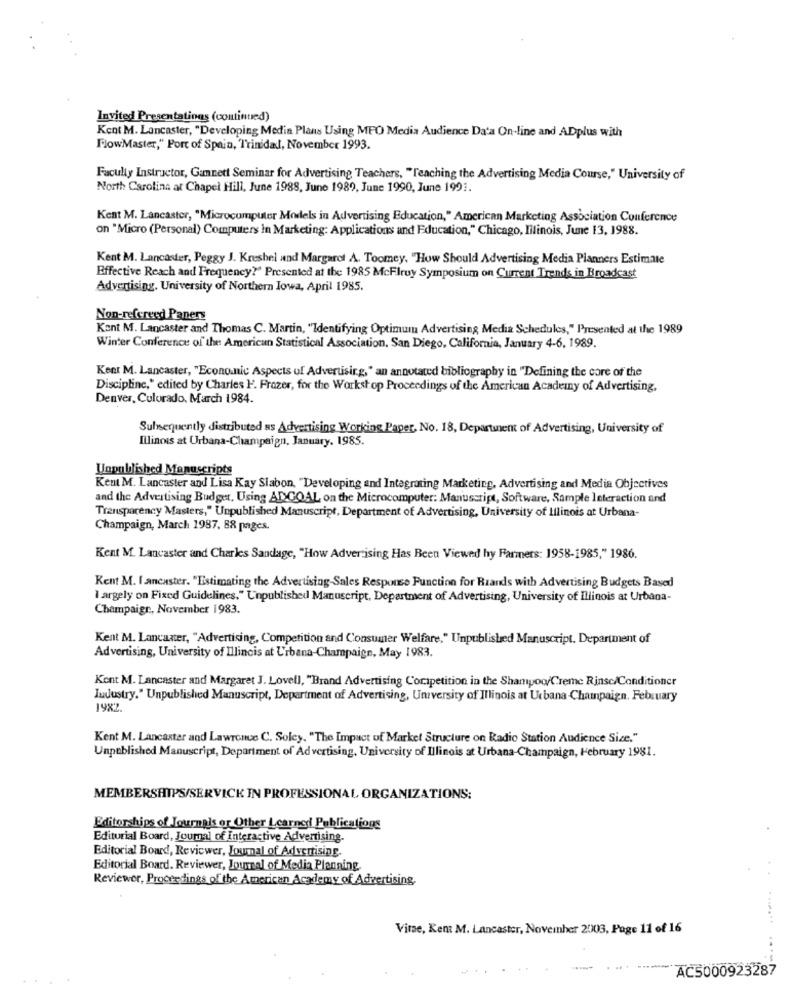
Invited Presentations (continued)
Kent M. Lancaster, "Developing Media Plans Using MEO Media Audience Data On-line and ADplus with
FlowMaster," Port of Spain, Trinidad, November 1993.
Faculty Instructor, Gannett Seminar for Advertising Teachers, "Teaching the Advertising Media Course," University of
North Carolina at Chapel Hill, June 1988, June 1989, June 1990, June 1991.
Kent M. Lancaster, "Microcomputer Models in Advertising Education," American Marketing Association Conference
on "Micro (Personal) Computers In Marketing: Applications and Education," Chicago, Illinois, June 13, 1988.
Kent M. Lancaster, Peggy J. Kreshel und Margaret A. Toomey, "How Should Advertising Media Planners Estimate
Effective Reach and Frequency?" Presented at the 1985 McFlruy Symposium on Current Trends in Broadcast
Advertising, University of Northern Iowa, April 1985.
Non-refereed Paners
Kent M. Lancaster and Thomas C. Martin, "Identifying Optimum Advertising Media Schedules," Presented at the 1989
Winter Conference of the American Statistical Association. San Diego, California, January 4-6, 1989.
Kent M. Lancaster, "Econo.nic Aspects of Advertising, " an annotated bibliography in "Defining the core of the
Discipline," edited by Charles F. Frazer, for the Workshop Proceedings of the American Academy of Advertising,
Denver, Colorado, March 1984.
Sulnequently distributed as Advertising Working Paper, No. 18, Department of Advertising, University of
Illinois at Urbana-Champaign, January, 1985.
Unpublished Manuscripts
Kent M. Lancaster and Lisa Kay Slabon, "Developing and Integrating Marketing, Advertising and Media Objectives
and the Advertising Budget, Using ADGOAL on the Microcomputer: Manuscript, Software, Sample Interaction and
Transparency Masters," Unpublished Manuscript, Department of Advertising, University of Illinois at Urbana-
Champaign, March 1987, 88 pages.
Kent M. Lancaster and Charles Sandage, "How Advertising Has Been Viewed hy Farmers: 1958-1985," 1986.
Kent M. I.ancaster. "Estimating the Advertising-Sales Response Function for Brands with Advertising Budgets Based
largely on Fixed Guidelines," Unpublished Manuscript, Department of Advertising, University of Illinois at Urbana-
Champaign, November 1983.
Kent M. Lancaster, "Advertising, Competition and Consumer Welfare," Unpublished Manuscript, Department of
Advertising, University of Illinois at Urbana-Champaign, May 1983.
Kent M. Lancaster and Margaret J. Lovell, "Brand Advertising Competition in the Shampoo/Creme Rinse/Conditioner
Industry." Unpublished Manuscript, Department of Advertising, University of Illinois at Urbana -Champaign. February
1982.
Kent M. Lancaster and Lawrence C. Soley, "The Impact of Market Structure on Radio Station Audience Size,"
Unpublished Manuscript, Department of Advertising, University of Illinois at Urbana-Champaign, February 1981.
MEMBERSHIPS/SERVICK IN PROFESSIONAL ORGANIZATIONS:
Editorships of Journals or Other Learned Publications
Editorial Board, Journal of Interactive Advertising.
Editorial Board, Reviewer, Journal of Advertising.
Editorial Board. Reviewer, Journal of Media Planning.
Reviewer, Proceedings of the American Academy of Advertising.
Vitae, Kent M. Lancaster, November 2003, Page 11 of 16
........
---
AC5000923287